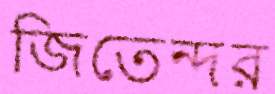
জিতেন্দর